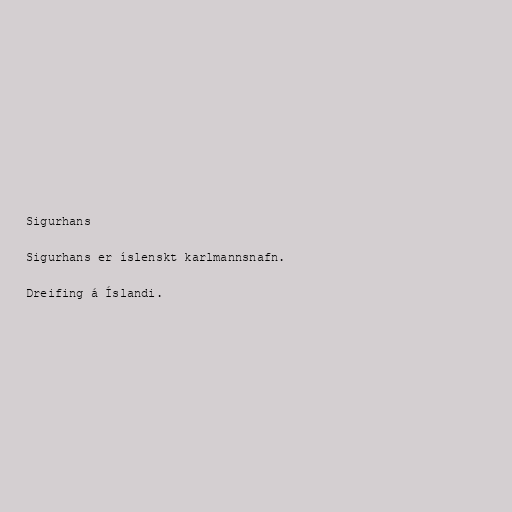
Sigurhans

Sigurhans er íslenskt karlmannsnafn.

Dreifing á Íslandi.